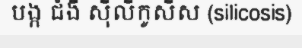
បង្ក ជំងឺ ស៊ីលីកូសីស (silicosis)